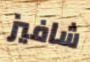
شافيز